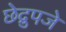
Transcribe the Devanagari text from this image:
छेद्रुपजे